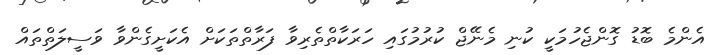
އެންމެ ބޮޑު ގޮންޖެހުމަކީ ކުނި މެނޭޖް ކުރުމުގައި ހަރަކާތްތެރިވާ ފަރާތްތަކަށް އެކަށީގެންވާ ވަސީލަތްތައް